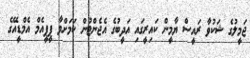
ޖަމީލުގެ ޝަކުވާ ރައީސް ޔާމީން ކައިރީގައި އަދީބުގެ އެޖެންޓުން ކަމަށްވާ ޕީޕީއެމް އެމްޑީއޭގެ